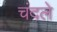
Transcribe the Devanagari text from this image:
चंदले